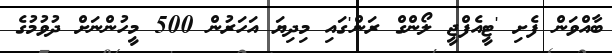
ބާއްވަން ފެށި 'ޓީއެފްޖީ ލޯންގް ރަން'ގައި މިދިޔަ އަހަރުން 500 މީހުންނަށް ދުވުމުގެ